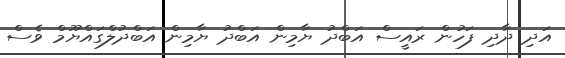
އަދި ދާދި ފަހުން ރައީސް އަބްދު ޔާމިން އަބްދު ޔާމިން އަބްދުލްގައްޔޫމް ވެސް